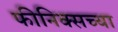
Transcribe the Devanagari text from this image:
फीनिक्सच्या